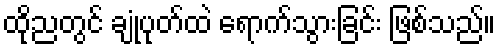
ထိုညတွင် ချုံပုတ်ထဲ ရောက်သွားခြင်း ဖြစ်သည်။